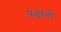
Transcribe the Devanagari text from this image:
पञ्चांगाें